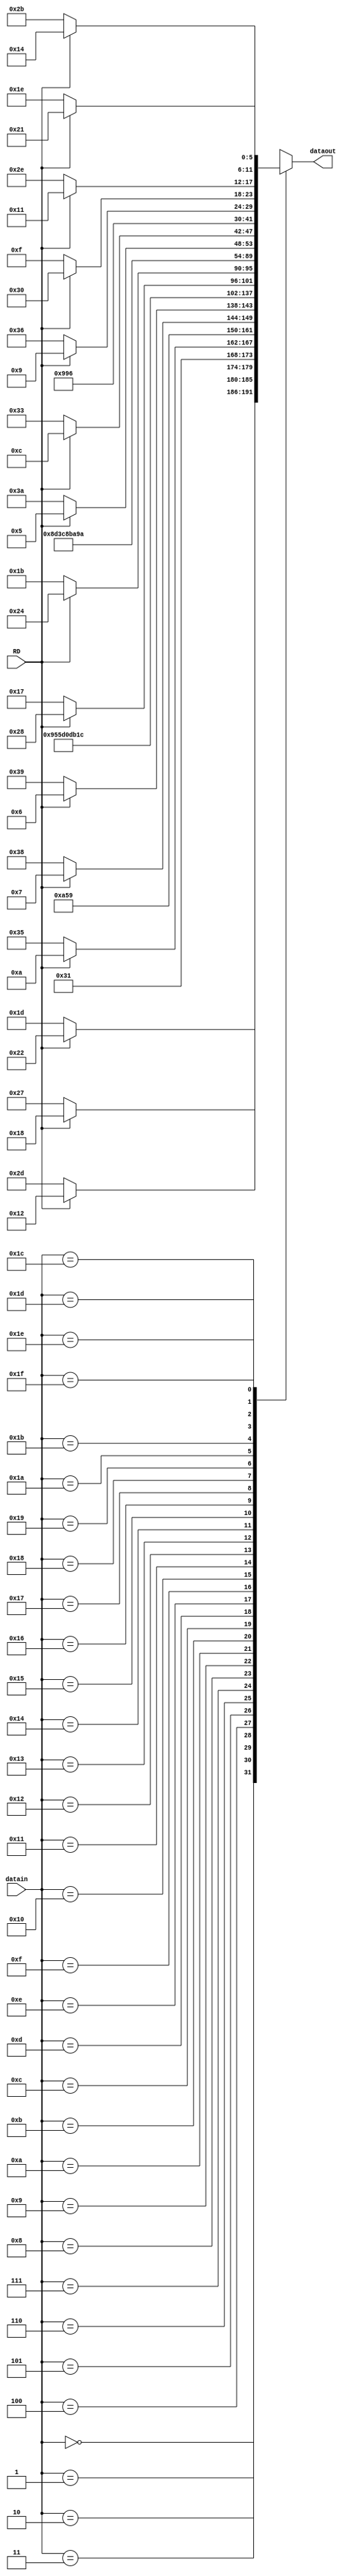
module enc5to6( input [4:0] datain, 
            input RD,
            output [5:0] dataout);

reg [5:0] abcdei_d;
assign dataout = abcdei_d;
always @(*) begin
	case (datain)
		0: begin if(!RD) abcdei_d= 6'b100111; else abcdei_d= 6'b011000; end
		1: begin if(!RD) abcdei_d= 6'b011101; else abcdei_d= 6'b100010; end
		2: begin if(!RD) abcdei_d= 6'b101101; else abcdei_d= 6'b010010; end
		3: begin  abcdei_d= 6'b110001; end
		4: begin if(!RD) abcdei_d= 6'b110101; else abcdei_d= 6'b001010; end
		5: begin abcdei_d= 6'b101001;  end
		6: begin abcdei_d= 6'b011001;  end
		7: begin if(!RD) abcdei_d= 6'b111000; else abcdei_d= 6'b000111; end
		8: begin if(!RD) abcdei_d= 6'b111001; else abcdei_d= 6'b000110; end
		9: begin  abcdei_d= 6'b100101; end
		10: begin abcdei_d= 6'b010101; end 
		11: begin abcdei_d= 6'b110100; end 
		12: begin abcdei_d= 6'b001101; end 
		13: begin abcdei_d= 6'b101100; end 
		14: begin abcdei_d= 6'b011100; end 
		15: begin if(!RD)abcdei_d= 6'b010111; else abcdei_d= 6'b101000;   end 
		16: begin if(!RD)abcdei_d= 6'b011011; else abcdei_d= 6'b100100;   end
		17: begin abcdei_d= 6'b100011; end 
		18: begin abcdei_d= 6'b010011; end 
		19: begin abcdei_d= 6'b110010; end 
		20: begin abcdei_d= 6'b001011; end 
		21: begin abcdei_d= 6'b101010; end 
		22: begin abcdei_d= 6'b011010; end 
		23: begin if(!RD)abcdei_d= 6'b111010; else abcdei_d= 6'b000101;   end 
		24: begin if(!RD)abcdei_d= 6'b110011; else abcdei_d= 6'b001100;   end 
		25: begin abcdei_d= 6'b100110; end 
		26: begin abcdei_d= 6'b010110; end 
		27: begin if(!RD)abcdei_d= 6'b110110; else abcdei_d= 6'b001001;   end 
		28: begin if(!RD)abcdei_d=6'b001111; else abcdei_d=6'b110000;     end   // with control bit
		29: begin if(!RD)abcdei_d= 6'b101110; else abcdei_d= 6'b010001;   end 
		30: begin if(!RD)abcdei_d= 6'b011110; else abcdei_d= 6'b100001;   end 
		31: begin if(!RD)abcdei_d= 6'b101011; else abcdei_d= 6'b010100;   end 
	endcase
end

endmodule